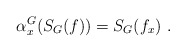
\begin{align*}\alpha^G_x(S_G(f))=S_G(f_x)\ .\end{align*}